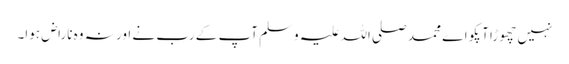
نہیں چھوڑا آپکو اے محمد صلی اللہ علیہ وسلم آپ کے رب نے اور نہ وہ ناراض ہوا۔